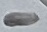
Text: -